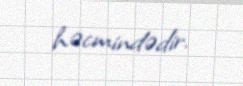
həcmindədir.